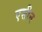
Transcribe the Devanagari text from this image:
एसीन